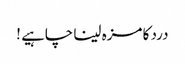
درد کا مزہ لینا چاہیے !